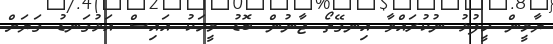
ޔާމީން ހީފުޅު ނުކުރައްވާ އިނގޭތޯ ޖާނުން ބޮޑު މީހަކު އައިސް އަޅުގަނޑު ގަޔަށް